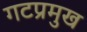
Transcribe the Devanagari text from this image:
गटप्रमुख